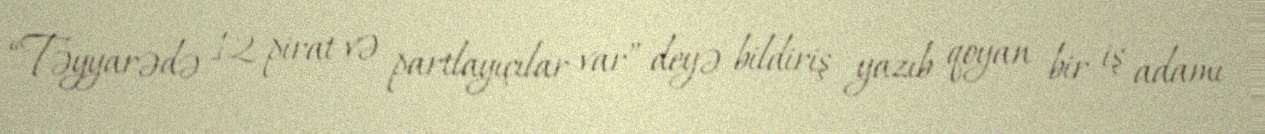
“Təyyarədə 12 pirat və partlayıçılar var” deyə bildiriş yazıb qoyan bir iş adamı